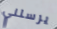
يرسلني